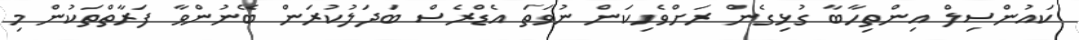
ކައުންސިލް އިންތިހާބާ ގުޅިގެން ރަށްވެހިކަން ނުވަތަ އެޑްރެސް ބަދަލުކުރަން ބޭނުންވާ ފަރާތްތަކުން މި